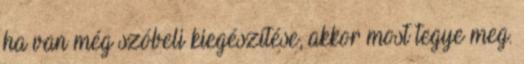
ha van még szóbeli kiegészítése, akkor most tegye meg.